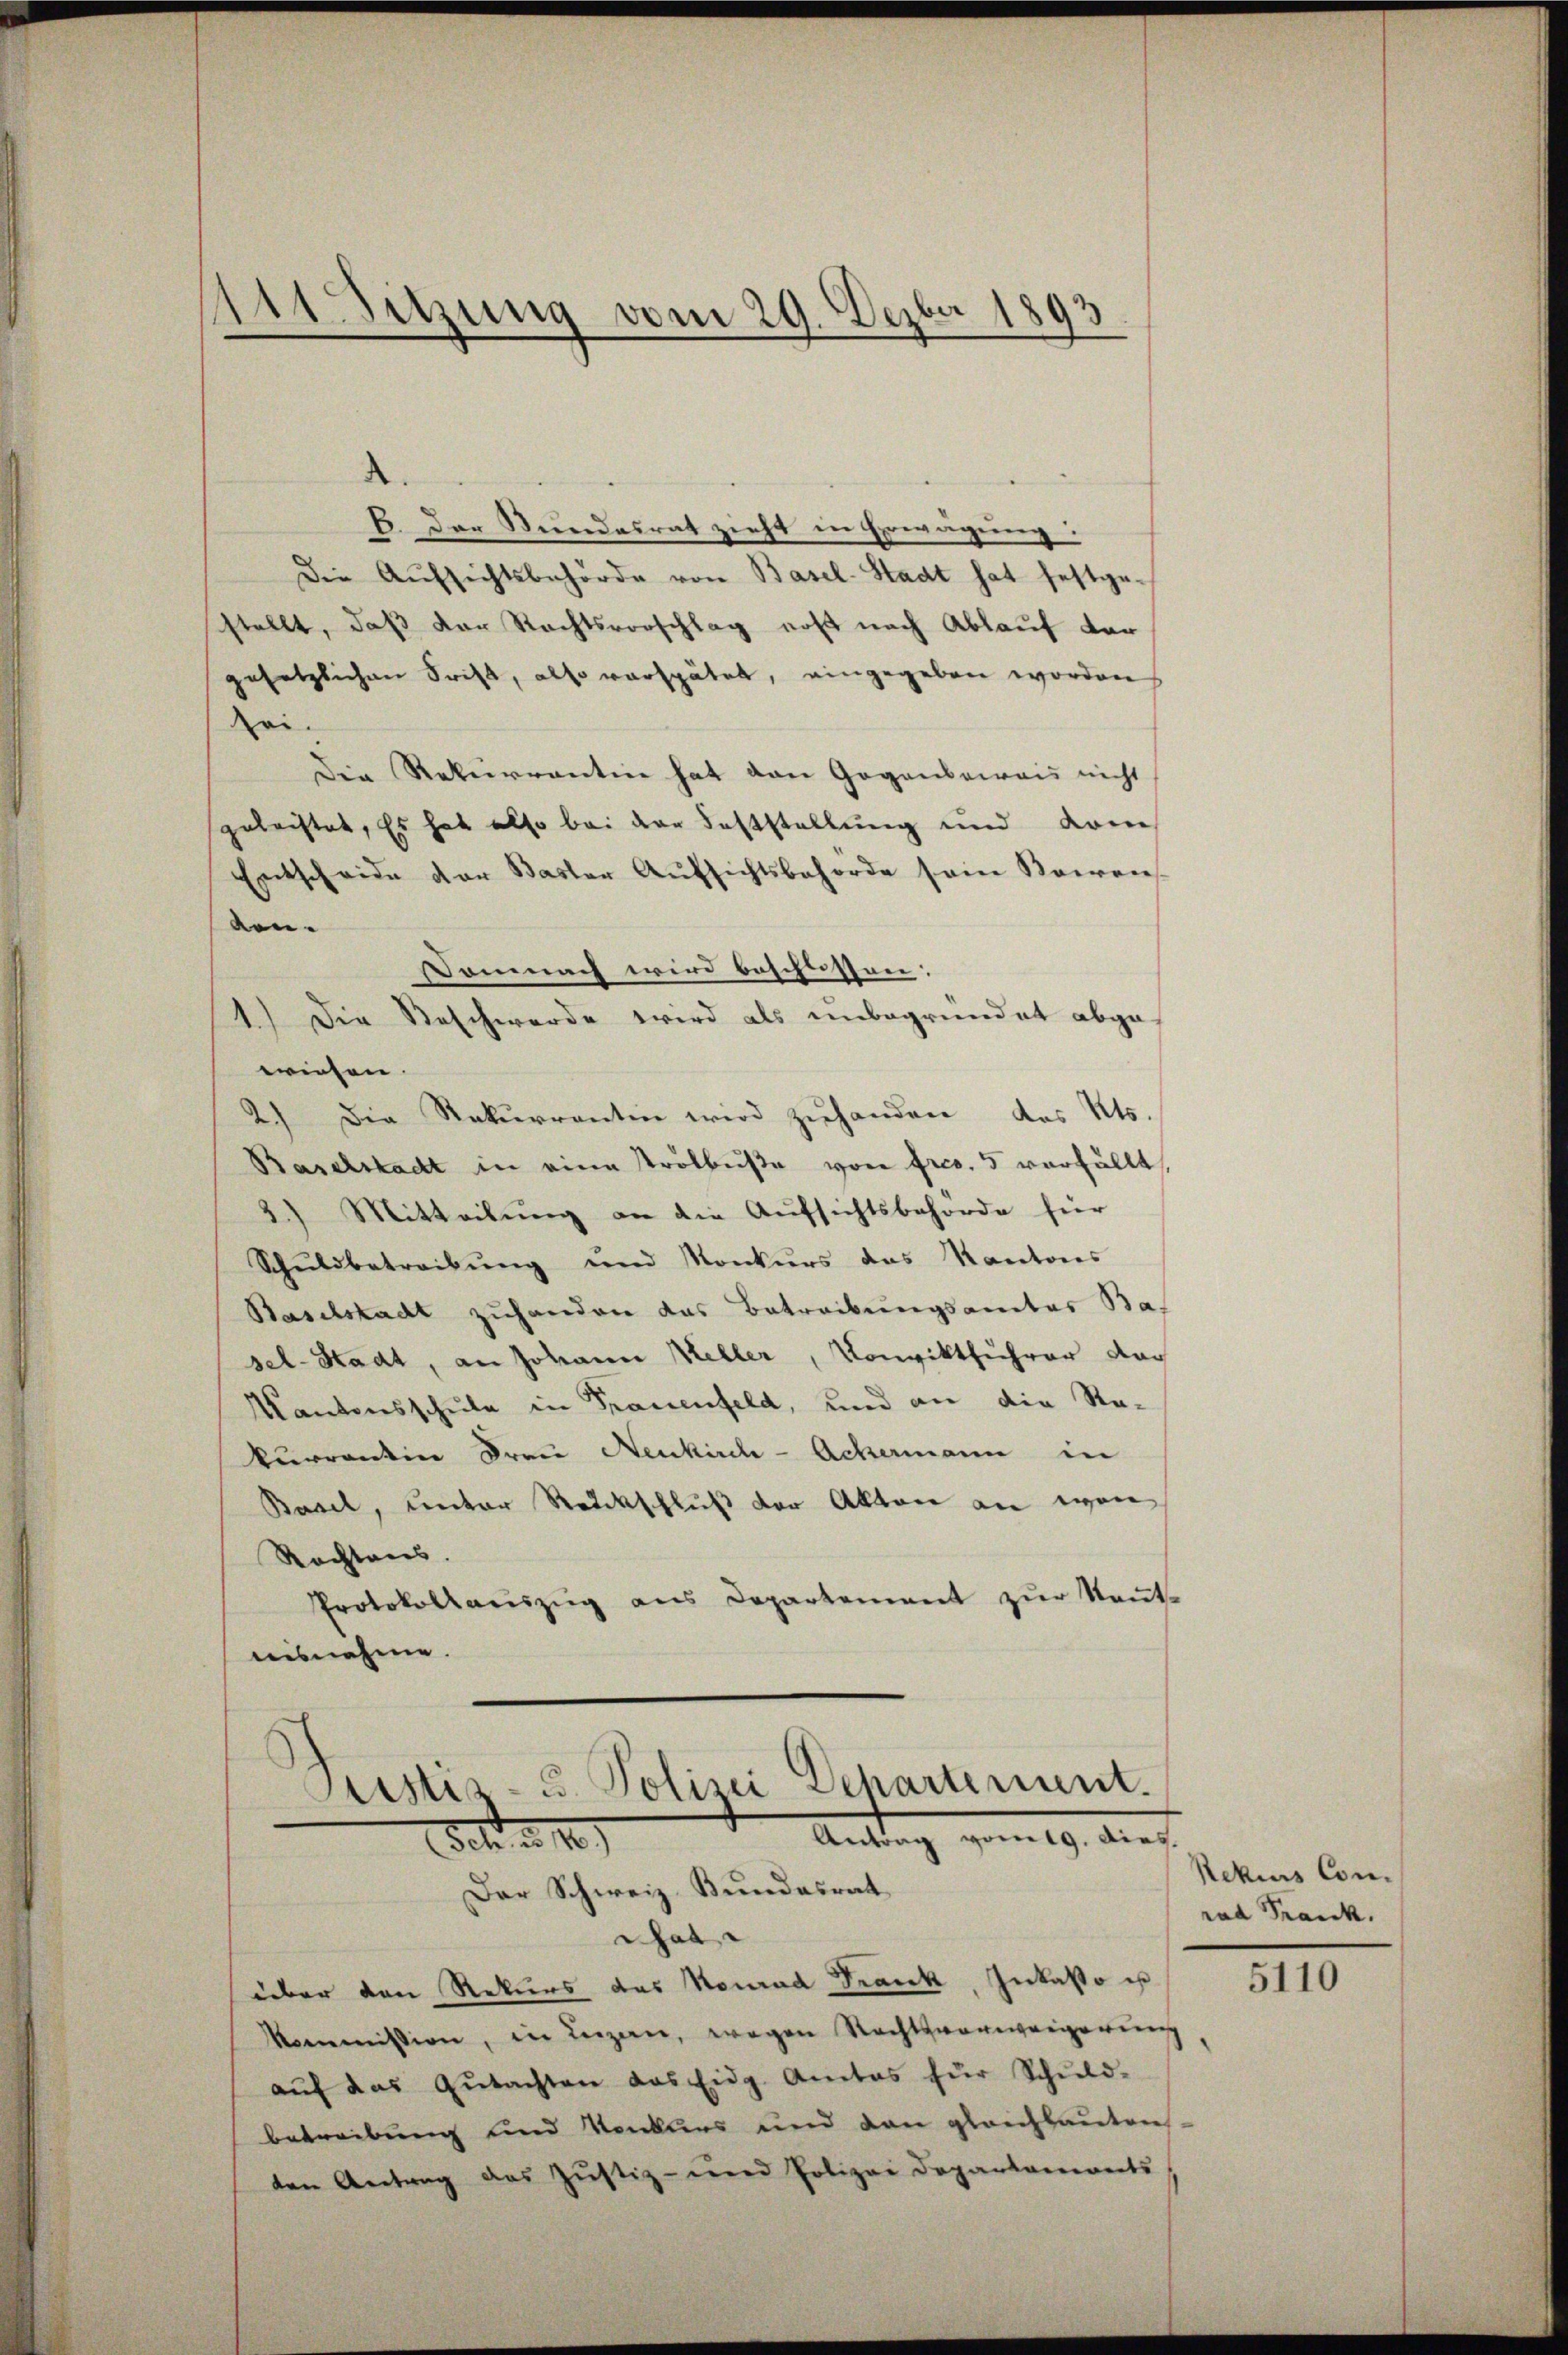
Suzung vom 29. Dezbr 1893

.
6. Der Stundesrat zieht in Erwägung:
Die Aufsichtsbehörde von Basel-Stadt hat festgestellt, daß der Rechtsvorschlag erst nach Ablauf der
gesetzlichen Frist, also verspätet, eingegeben worden
sei.
Die Rekurrentine hat den Gegenbeweis nicht
gutachtet, Es hat also bei der Feststellung und dam
Entscheide der Baster Aŭfsichtsbehörde sein Kaien
von-
Domnach wird beschlossen:
1.) Die Beschwerde wird als unbegründet abge-
wiesen.
2.) Die Rekurrentin wird zuhanden, das Kts.
Baselstadt in eine Trölbuße von fres. 5 verfüllt,
2.) Mitteilŭng an die Aufsichtsbehörde für
Schuldbetreibung und Konkurs das Kantons
Baselstadt zuhanden das Betreibungsamtes Ba-
sel-Stadt, an Johann Keller, Konviktführer Nac
Kantonsschule in Frauenfeld, und an die Re-
kurrentin Frau Neukirch- Ackermann in
Basel, unter Rückschluß der Akten an wen
Rechtens.
Protokollauszug aus Departement zŭr Keṅt-
nisnahme.

Justiz- u. Polizei Departement.
Antrag vom 19. dies.
det. . 10
Der Schweiz. Bundesrat

hat
über den Rekurs das Konrad Frank, Inkasso ist
Kommission, in Lugan, wegen Rechtsanweigerung
aŭf das Gŭtachten das Eidg. Amtes für Schŭld-
betreibung und Konkurs und den gleichbauten
ten Antrag des Jŭstiz- und Polizei Departaments

Rekius Con-
rad Frank.

5110